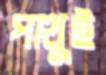
পাথুই